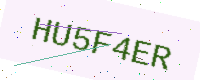
Text: HU5F4ER